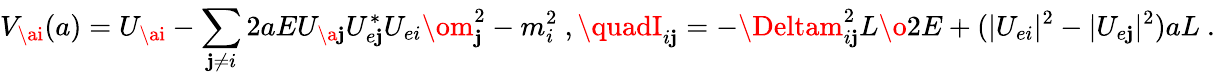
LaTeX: V_{\ai}(a)=U_{\ai}-\sum_{\mathbf{j}\not{=}i}^{}2aE{U_{\a\mathbf{j}}U_{e\mathbf{j}}^{*}U_{ei}\om_{\mathbf{j}}^{2}-m_{i}^{2}}\ ,\quadI_{i\mathbf{j}}=-{\Deltam_{i\mathbf{j}}^{2}L\o2E}+(|U_{ei}|^{2}-|U_{e\mathbf{j}}|^{2})aL\ .